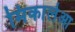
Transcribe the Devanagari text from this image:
मिकालेआ